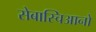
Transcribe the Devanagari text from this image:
सेबास्चिआनो